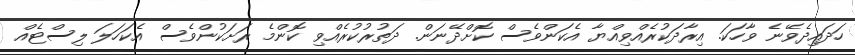
ހަދައިދެވޭނެ ވާހަކަ. އިރާދަކުރެއްވިއްޔާ އެކަންވެސް ކޮށްދޭނަން. ދަތުރުކުރެއްވި ކޮންމެ ރަށަކުންވެސް އެކަހަލަ ލިސްޓެއް